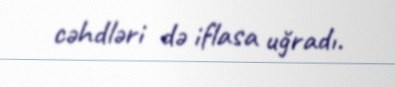
cəhdləri də iflasa uğradı.